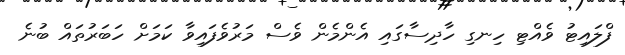
ފްލައިޓު ވެއްޓި ހިނގި ހާދިސާގައި އެންމެން ވެސް މަރުވެފައިވާ ކަމަށް ހަބަރުތައް ބުނެ